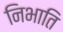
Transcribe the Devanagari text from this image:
निभाति